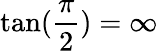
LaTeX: \tan(\frac{\pi}{2})=\infty